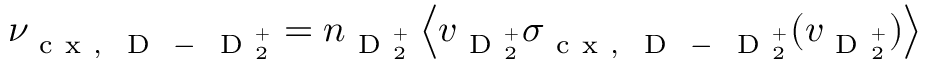
\nu _ { \mathrm { ~ c ~ x ~ , ~ } \mathrm { ~ D ~ } \mathrm { ~ - ~ } \mathrm { ~ D ~ } _ { 2 } ^ { + } } = n _ { \mathrm { ~ D ~ } _ { 2 } ^ { + } } \left\langle v _ { \mathrm { ~ D ~ } _ { 2 } ^ { + } } \sigma _ { \mathrm { ~ c ~ x ~ , ~ } \mathrm { ~ D ~ } \mathrm { ~ - ~ } \mathrm { ~ D ~ } _ { 2 } ^ { + } } ( v _ { \mathrm { ~ D ~ } _ { 2 } ^ { + } } ) \right\rangle